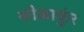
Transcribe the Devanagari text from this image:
सोळाकुंर